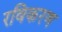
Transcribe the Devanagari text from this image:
रविकरण